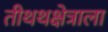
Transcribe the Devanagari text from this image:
तीथथक्षेत्राला